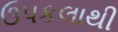
ઉપકલાથી